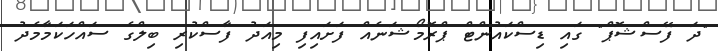
"ދަ ފޭސްޝޮޕް" ގައި ޑިސްކައުންޓް ޕްރޮމޯޝަނެއް ފަށައިފި މިއަދު ފާސްކުރި ބިލްގެ ސައްހަކަމާމެދު